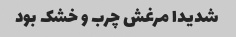
شدیدا مرغش چرب و خشک بود